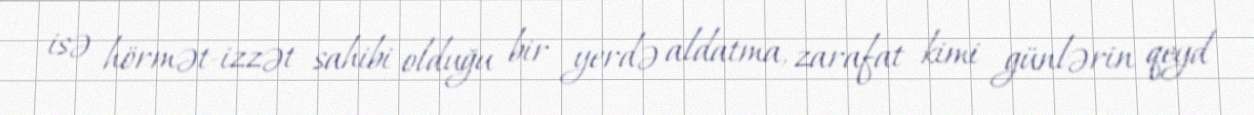
isə hörmət-izzət sahibi olduğu bir yerdə aldatma, zarafat kimi günlərin qeyd